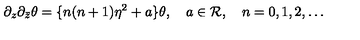
\partial _ { z } \partial _ { \bar { z } } \theta = \{ n ( n + 1 ) \eta ^ { 2 } + a \} \theta , \quad a \in { \cal R } , \quad n = 0 , 1 , 2 , \ldots